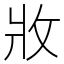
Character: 𭷁